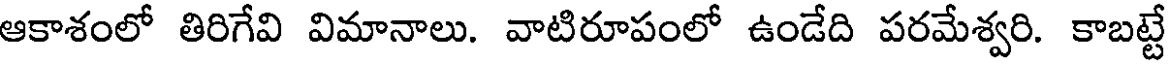
ఆకాశంలో తిరిగేవి విమానాలు. వాటిరూపంలో ఉండేది పరమేశ్వరి. కాబట్టే